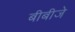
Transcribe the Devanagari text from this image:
बीबीजे